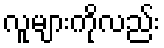
လူများကိုလည်း